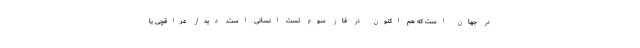
در جهان است که هم اکنون در فاز سوم تست انسانی است. دیدار عراقچی با